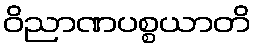
ဝိညာဏပစ္စယာတိ